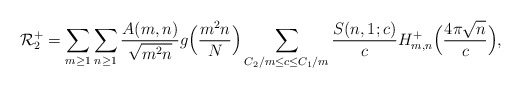
\begin{align*}\mathcal{R}_2^+= \sum_{m \geq 1}\sum_{n \geq 1} \frac{A(m,n)}{\sqrt{m^2 n}}g\Big(\frac{m^2 n}{N}\Big)\sum_{C_2/m \leq c \leq C_1/m} \frac{S(n,1;c)}{c}H_{m,n}^+ \Big( \frac{4\pi \sqrt{n}}{c} \Big),\end{align*}